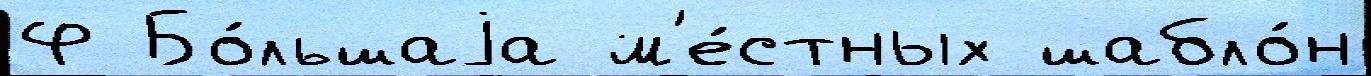
Ф Бо́льшаjа м'е́стных шабло́н